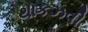
થાકઝવી